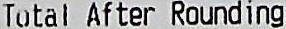
TOTAL AFTER ROUNDING